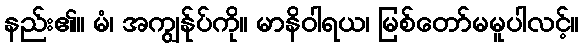
နည်း၏။ မံ၊ အကျွန်ုပ်ကို။ မာနိဝါရယ၊ မြစ်တော်မမူပါလင့်။